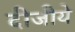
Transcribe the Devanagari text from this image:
दीजीये